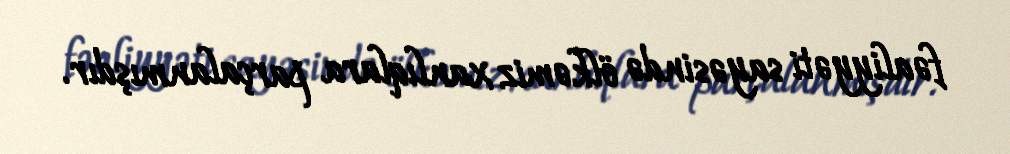
fəaliyyəti sayəsində ölkəmiz xanlıqlara parçalanmışdır.